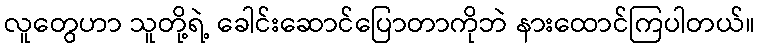
လူတွေဟာ သူတို့ရဲ့ ခေါင်းဆောင်ပြောတာကိုဘဲ နားထောင်ကြပါတယ်။